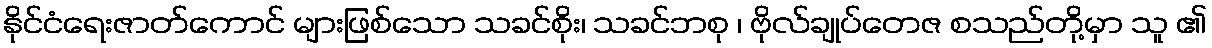
နိုင်ငံရေးဇာတ်ကောင် များဖြစ်သော သခင်စိုး၊ သခင်ဘစု ၊ ဗိုလ်ချုပ်တေဇ စသည်တို့မှာ သူ ၏